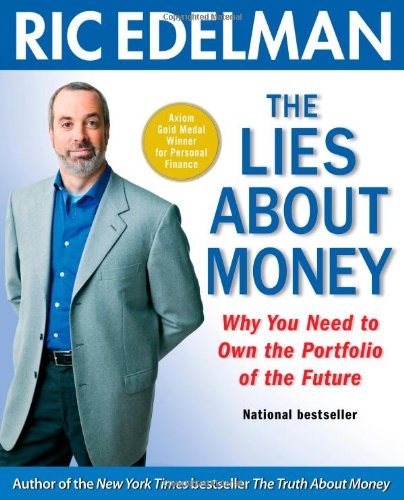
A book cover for The Lies About Money: Why You Need to Own the Portfolio of the Future; Ric Edelman; Business & Money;